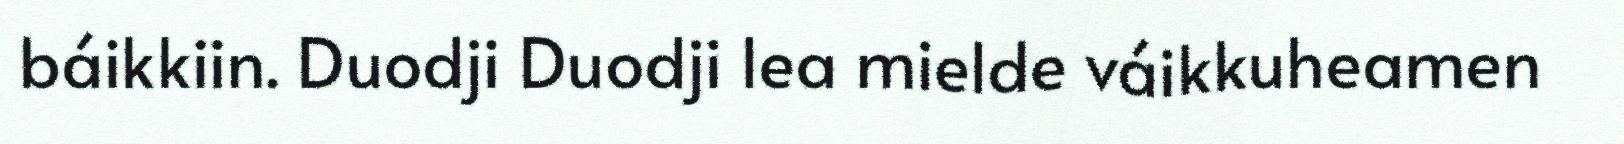
báikkiin. Duodji Duodji lea mielde váikkuheamen